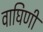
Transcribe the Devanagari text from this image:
वाघिणीं